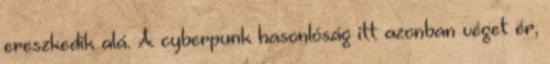
ereszkedik alá. A cyberpunk hasonlóság itt azonban véget ér,